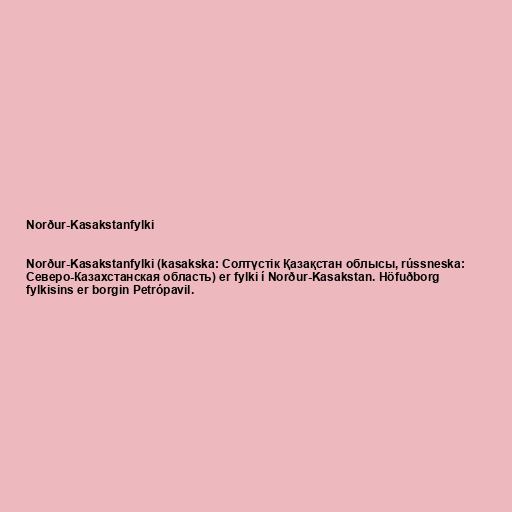
Norður-Kasakstanfylki

Norður-Kasakstanfylki (kasakska: Солтүстік Қазақстан облысы, rússneska:
Северо-Казахстанская область) er fylki í Norður-Kasakstan. Höfuðborg
fylkisins er borgin Petrópavil.